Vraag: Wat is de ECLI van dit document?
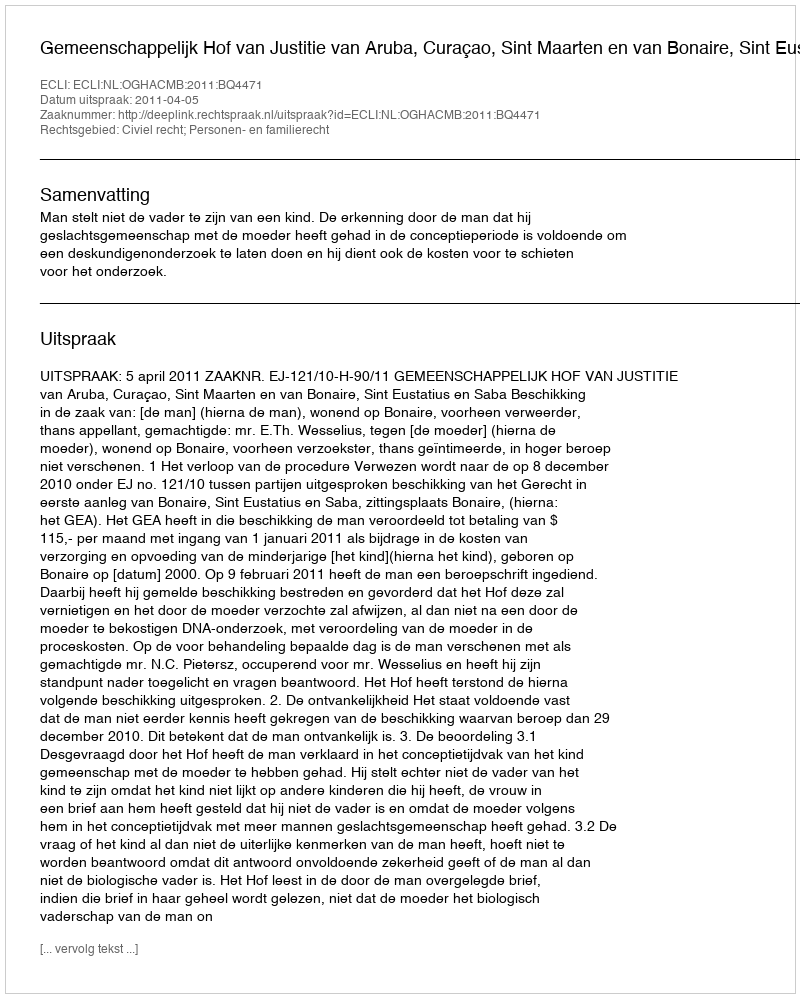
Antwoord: ECLI:NL:OGHACMB:2011:BQ4471